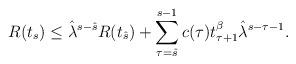
LaTeX: \begin{align*} R(t_s)\leq \hat{\lambda}^{s-\hat{s}} R(t_{\hat{s}})+\sum_{\tau=\hat{s}}^{s-1}c(\tau)t_{\tau+1}^{\beta}\hat{\lambda}^{s-\tau-1}.\end{align*}